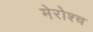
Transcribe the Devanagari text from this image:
मेरोश्च